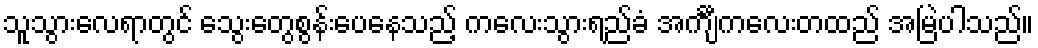
သူသွားလေရာတွင် သွေးတွေစွန်းပေနေသည့် ကလေးသွားရည်ခံ အင်္ကျီကလေးတထည် အမြဲပါသည်။